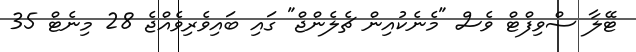
ޓޭލާ ސްވިފްޓް ވެސް "މެނެކުއިން ޗެލެންޖް" ގައި ބައިވެރިވެއްޖެ 28 މިނެޓް 35